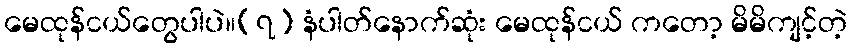
မေထုန်ငယ်တွေပါပဲ။(၇) နံပါတ်နောက်ဆုံး မေထုန်ငယ် ကတော့ မိမိကျင့်တဲ့